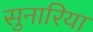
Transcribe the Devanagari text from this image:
सुनारिया